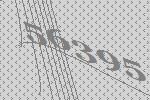
56395